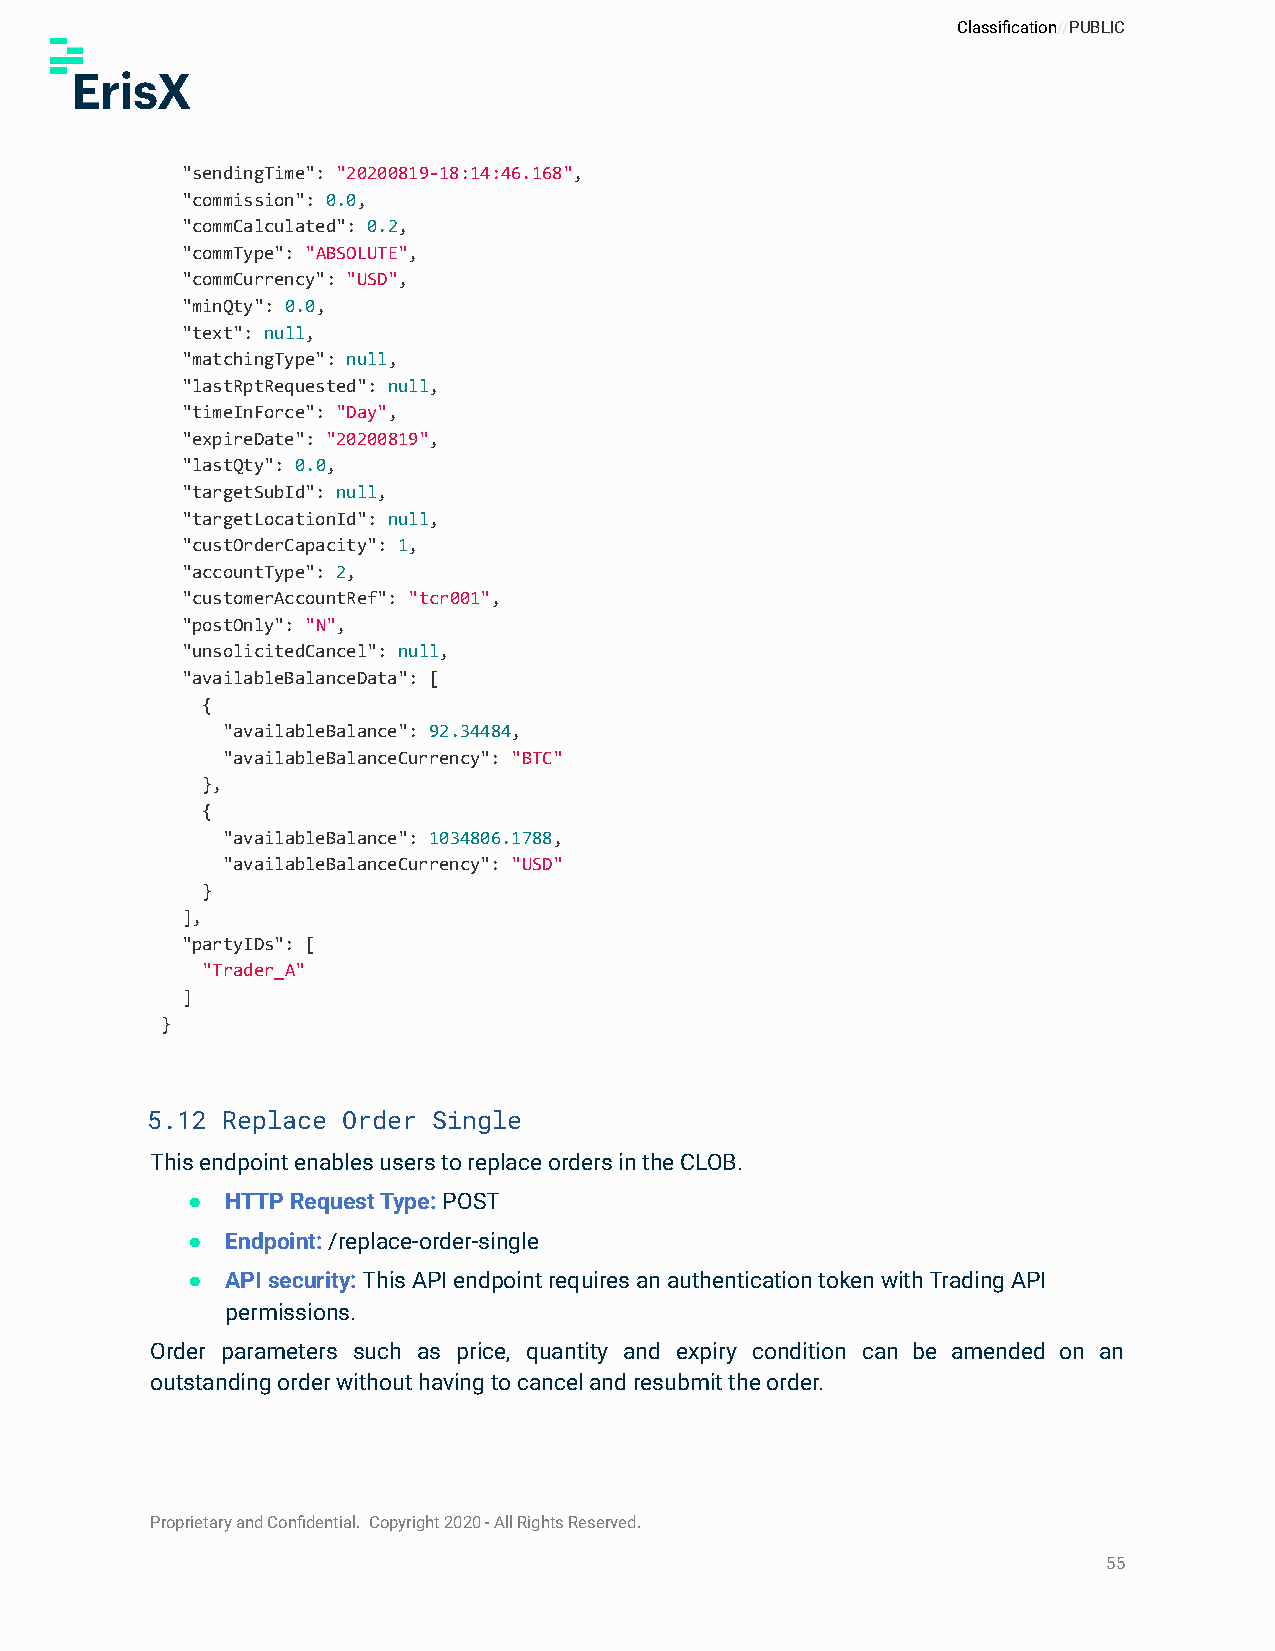
Classification//PUBLIC
 "sendingTime": "20200819-18:14:46.168",
 "commission": 0.0,
 "commCalculated": 0.2,
 "commType": "ABSOLUTE",
 "commCurrency": "USD",
 "minQty": 0.0,
 "text": null,
 "matchingType": null,
 "lastRptRequested": null,
 "timeInForce": "Day",
 "expireDate": "20200819",
 "lastQty": 0.0,
 "targetSubId": null,
 "targetLocationId": null,
 "custOrderCapacity": 1,
 "accountType": 2,
 "customerAccountRef": "tcr001",
 "postOnly": "N",
 "unsolicitedCancel": null,
 "availableBalanceData": [
 {
 "availableBalance": 92.34484,
 "availableBalanceCurrency": "BTC"
 },
 {
 "availableBalance": 1034806.1788,
 "availableBalanceCurrency": "USD"
 }
 ],
 "partyIDs": [
 "Trader_A"
 ]
 }
 5.12 Replace Order Single
 This endpoint enables users to replace orders in the CLOB.
 ●  HTTP Request Type: POST
 ●  Endpoint:/replace-order-single
 ●  API security:This API endpoint requires an authenticationtoken with Trading API
 permissions.
 Order parameters such as price, quantity and expiry condition can be amended on an
 outstanding order without having to cancel and resubmit the order.
 Proprietary and Confidential. Copyright 2020 - All Rights Reserved.
 55